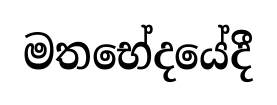
මතභේදයේදී